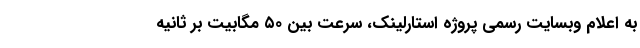
به اعلام وبسایت رسمی پروژه استارلینک، سرعت بین ۵۰ مگابیت بر ثانیه